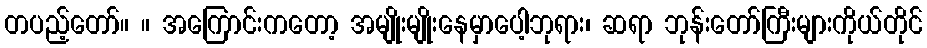
တပည့်တော်။ ။ အကြောင်းကတော့ အမျိုးမျိုးနေမှာပေါ့ဘုရား၊ ဆရာ ဘုန်းတော်ကြီးများကိုယ်တိုင်